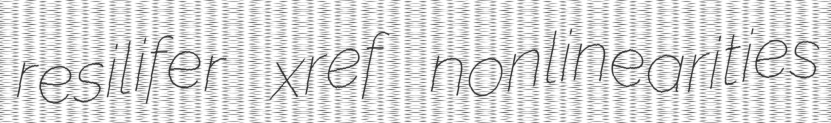
resilifer xref nonlinearities